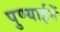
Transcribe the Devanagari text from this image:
पुण्याईनें